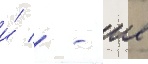
и́ / - ие